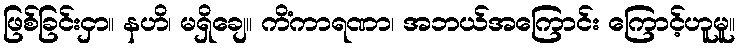
ဖြစ်ခြင်းငှာ။ နဟိ၊ မရှိချေ။ ကိံကာရဏာ၊ အဘယ်အကြောင်း ကြောင့်ဟူမူ။